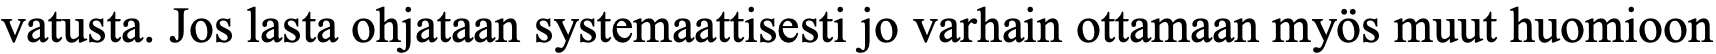
vatusta. Jos lasta ohjataan systemaattisesti jo varhain ottamaan myös muut huomioon